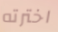
اخترته